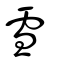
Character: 雪